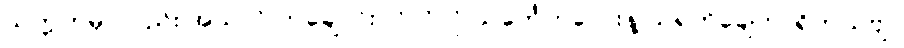
သက္ကတမှာလည်း အဲသလို တချောင်းငင်လိုလို သင်္ကေတလေးနဲ့ သရကိုချေတာရှိတယ်ဗျ။